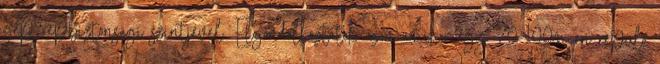
gép repbiztonsági szintjével. Elgondolkoztatok azon amikor egy 70-100m-en repülő